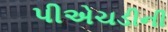
પીએચડીની